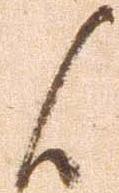
候